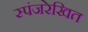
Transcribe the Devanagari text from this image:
स्पंजरेखित